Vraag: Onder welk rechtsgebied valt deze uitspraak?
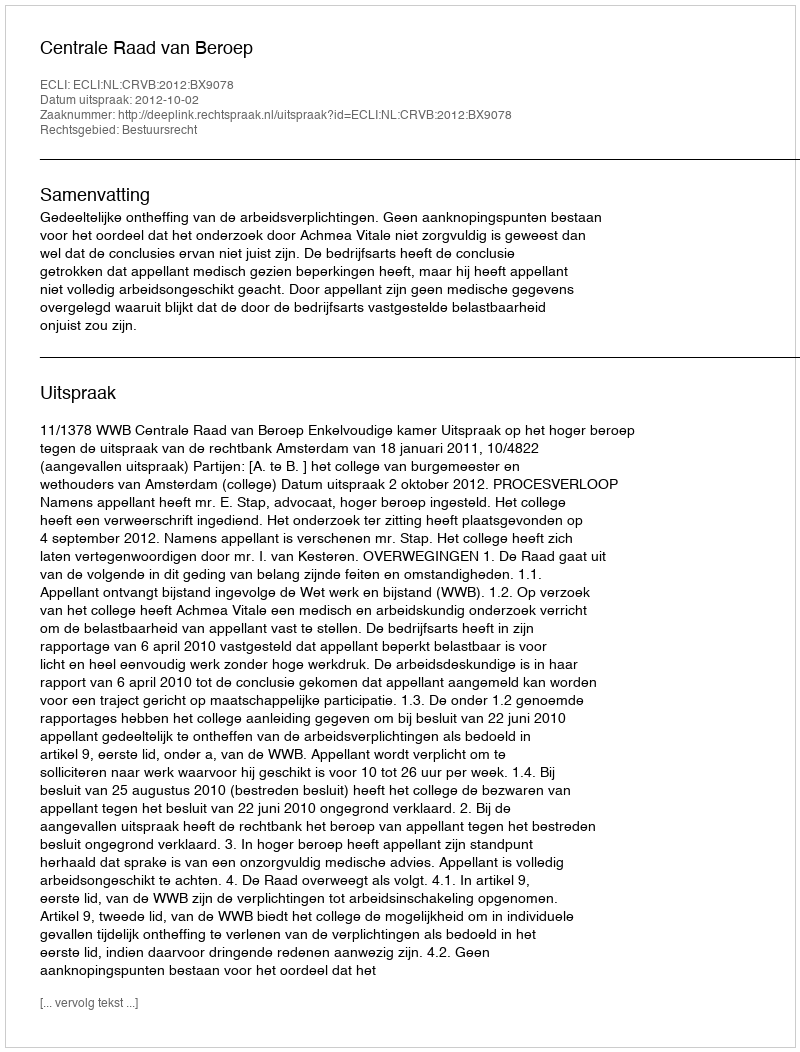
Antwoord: Bestuursrecht